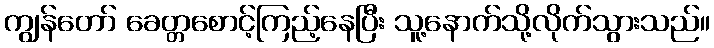
ကျွန်တော် ခေတ္တစောင့်ကြည့်နေပြီး သူ့နောက်သို့လိုက်သွားသည်။